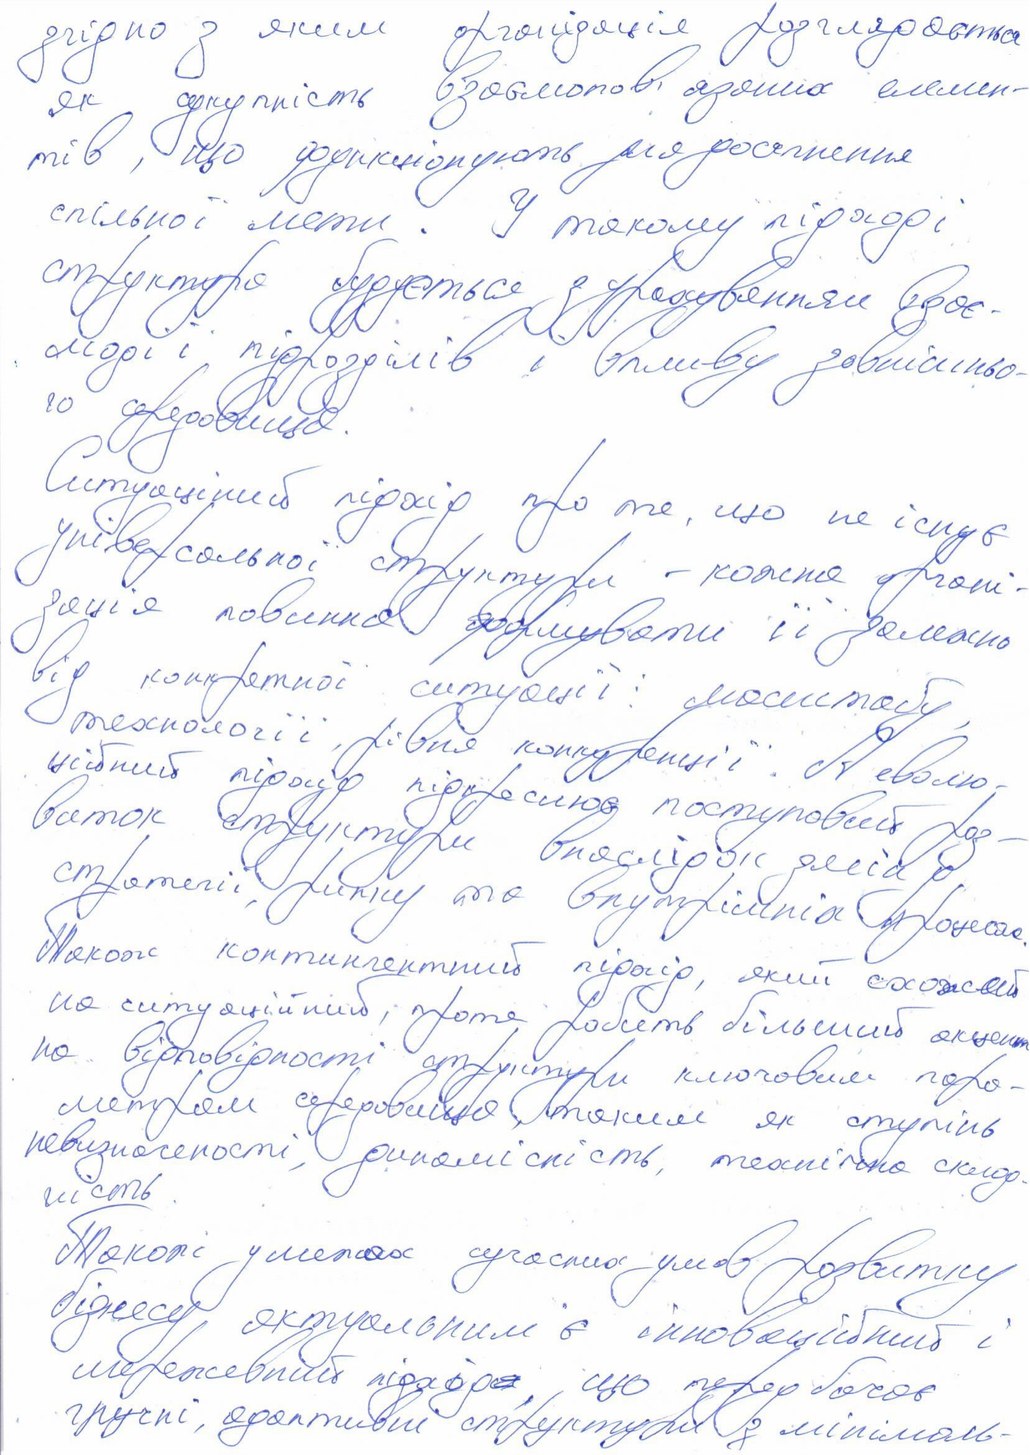
згідно з яким організація розглядається
як сукупність взаємопов'язаних елемен-
тів, що функціонують для досягнення
спільної мети. У такому підході
структура будується з урахуванням взає-
модії підрозділів впливу і зовнішньо-
го середовища.
Ситуаційний підхід про те, що не існує
універсальної структури - кожна органі-
зація повинна формувати її залежно
від конкретної ситуації: масштабу,
технології, рівня конкуренції. Револю-
ційний підхід підкреслює поступовий роз-
виток структури внаслідок  зміни у
стратегії, ринку та внутрішніх процесах.
Також контингентний підхід, який схожий
на ситуаційний, проте робить більший акцент
по відповідності структури ключовим пара-
метрам середовища, таким як ступінь
невизначеності, динамічність, технічна склад-
ність.
Також у межах сучасних умов розвитку
бізнесу, актуальним є інноваційний і
мережевий підхід~~[illegible]~~, що передбачає
гнучкі,адаптивні структури з мінімаль-